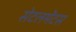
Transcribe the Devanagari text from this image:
सेटलमेंटस